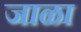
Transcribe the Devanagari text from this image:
जाळा